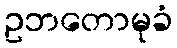
ဥဘတောမုခံ